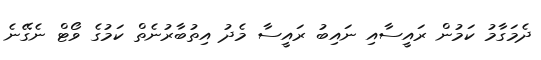
ދެމަގާމު ކަމުން ރައީސާއި ނައިބު ރައީސާ މެދު އިތުބާރުނެތް ކަމުގެ ވޯޓް ނެގޭނެ